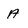
Character: A